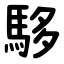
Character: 䮈